Annual report of the Central Committee of the Association together with the report of the directors of the Pasteur Institute at Kasauli
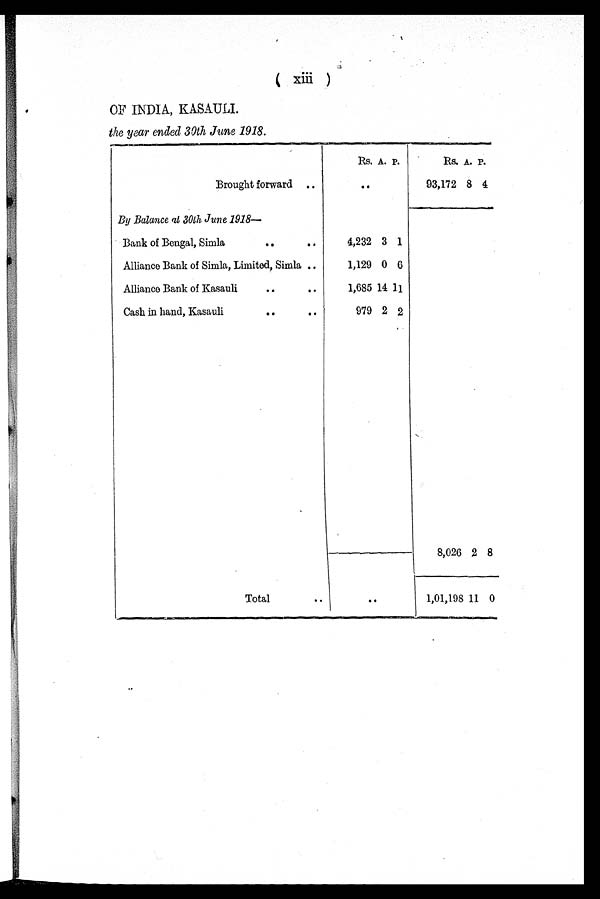
OF INDIA, KASAULI.
the year ended 30th June 1918.
Rs. A. P.
Rs. A. P.
Brought forward
..
93,172 8 4
By Balance at 30th June1918—
Bank of Bengal, Simla
4,232 3 1
Alliance Bank of Simla, Limited, Simla
1,129 0
6
Alliance Bank of Kasauli
1,685 14 11
Cash in hand, Kasauli
979 2 2
8,026 2 8
Total
..
1,01,198 11 0